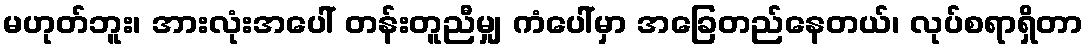
မဟုတ်ဘူး၊ အားလုံးအပေါ် တန်းတူညီမျှ ကံပေါ်မှာ အခြေတည်နေတယ်၊ လုပ်စရာရှိတာ